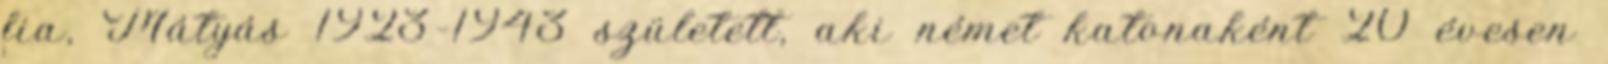
fia, Mátyás 1923–1943 született, aki német katonaként 20 évesen